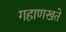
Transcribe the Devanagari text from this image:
गहाणखते